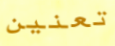
تعنين